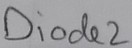
Text: Diode2